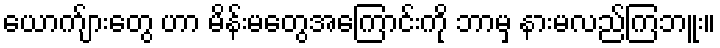
ယောက်ျားတွေ ဟာ မိန်းမတွေအကြောင်းကို ဘာမှ နားမလည်ကြဘူး။